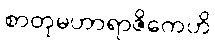
စာတုမဟာရာဇိကေဟိ